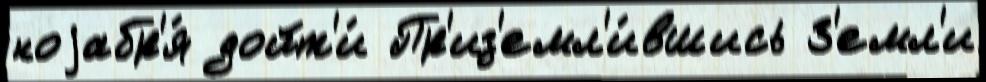
ноjабр'я́ дойт'и́ Пр'из'емл'и́вшись З'емл'и